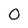
Character: 0